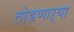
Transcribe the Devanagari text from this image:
तोडणाऱ्या